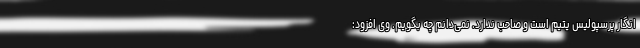
انگار پرسپولیس یتیم است و صاحب ندارد. نمی‌دانم چه بگویم. وی افزود: